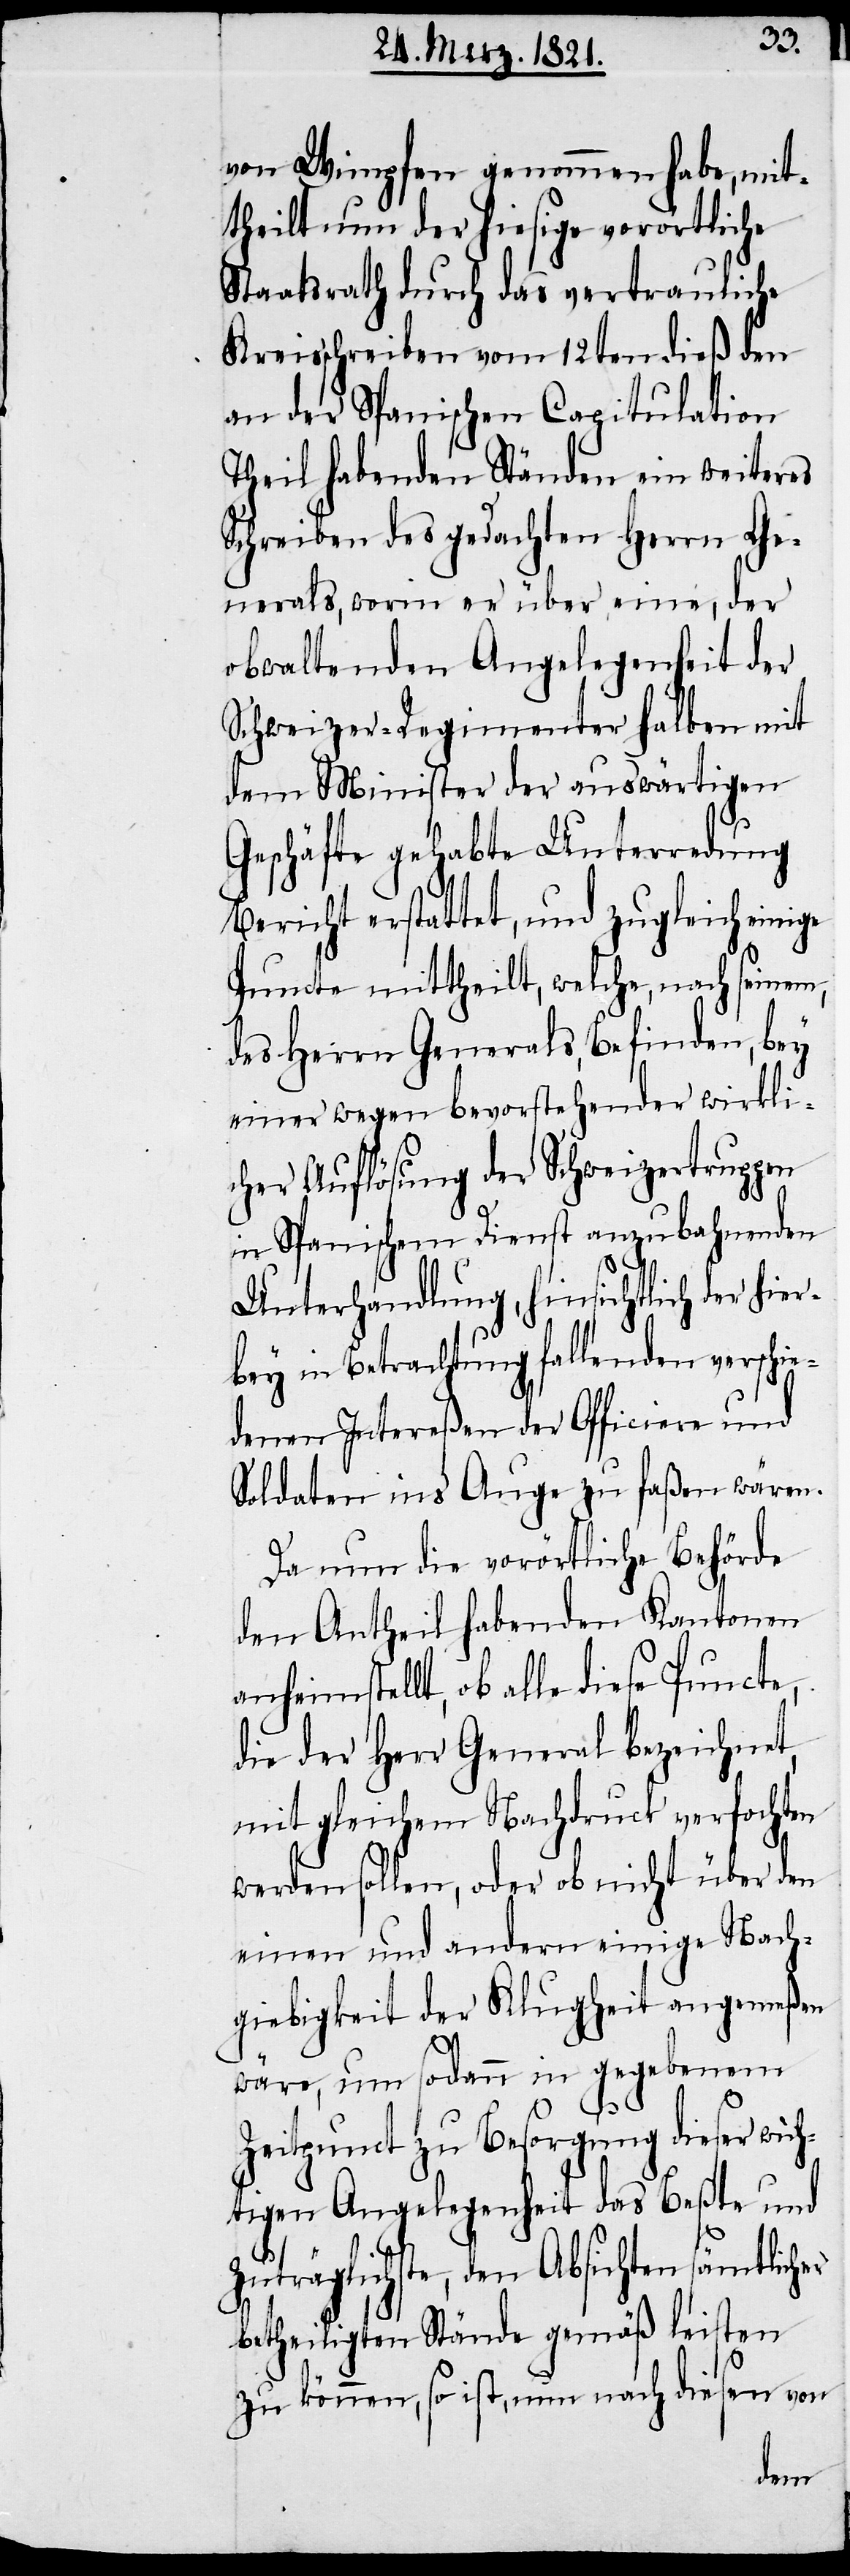
von Wimpfen genommen habe, mit¬
theilt nun der hiesige vorörtliche
Staatsrath durch das vertrauliche
Kreisschreiben vom 12ten dieß den
an der Spanischen Capitulation
Theil habenden Ständen ein weiteres
Schreiben des gedachten Herrn Ge¬
nerals, worin er über eine, der
obwaltenden Angelegenheit der
Schweizer-Regimenter halben mit
dem Minister der auswärtigen
Geschäfte gehabte Unterredung
Bericht erstattet, und zugleich einige
Puncte mittheilt, welche, nach seinem,
des Herrn Generals, Befinden, bey
einer wegen bevorstehender wirkli¬
cher Auflösung der Schweizertuppen
in Spanischem Dienst anzubahnenden
Unterhandlung, hinsichtlich der hier¬
bey in Betrachtung fallenden verschie¬
denen Intereßen der Officiere und
Soldaten ins Auge zu faßen wären.
Da nun die vorörtliche Behörde
den Antheil habenden Kantonen
anheimstellt, ob alle diese Puncte,
die der Herr General bezeichnet,
mit gleichem Nachdruck verfochten
werden sollen, oder ob nicht über den
einen und andern einige Nach¬
giebigkeit der Klugheit angemeßen
wäre, um sodann in gegebenem
Zeitpunct zu Besorgung dieser wich¬
tigen Angelegenheit das Beßte und
Zuträglichste, den Absichten sämtlich¬
betheiligten Stände gemäß leisten
zu können, so ist, nun nach diesen von
er